Report on horse surra - Volume II, Part II
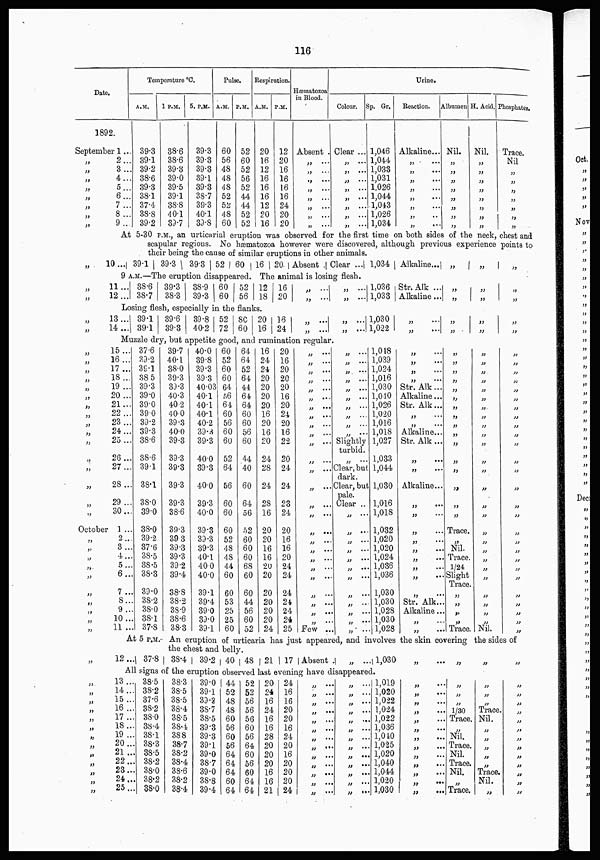
116
Date.
1892.
September 1..
„ 2...
„ 3..
„ 4..
„ 5...
„ 6...
„ 7..
„ 8..
„ 9...
Temperature °C.
A.M.
39.3
39.1
39.2
38.6
39.3
38.1
37.4
38.8
39.2
1 P.M.
38.6
38.6
39.3
39.0
39.5
39.1
38.8
40.1
39.7
5. P.M.
39.3
39.3
39.3
39.1
39.3
38.7
39.3
40.1
39.8
Pulse.
A.M.
60
56
48
48
48
52
52
48
60
P.M.
52
60
52
56
52
44
44
52
52
Respiration.
A.M.
20
16
12
16
16
16
12
20
16
P.M.
12
20
16
16
16
16
24
20
20
Hæmatozoa
in Blood.
Absent .
„ ...
„ ...
„ ...
„ ...
„ ...
„ ...
„ ...
„ ...
Colour.
Clear ...
„ ...
„ ...
„ ...
„ ...
„ ...
„ ...
„ ...
„ ...
Sp. Gr.
1,046
1,044
1,033
1,031
1,026
1,044
1,043
1,026
1,034
Urine.
Reaction.
Alkaline...
„
...
„
...
„ ...
„ ...
„ ...
„ ...
„ ...
„
...
Albumen
Nil.
„
„
„
„
„
„
„
„
H. Acid.
Nil.
„
„
„
„
„
„
„
„
Phosphates.
Trace.
Nil
„
„
„
„
„
„
„
At 5-30 P.M., an urticarial eruption was observed for the first time on both sides of the neck, chest and
„
„
„
„
„
„
„
„
„
„
„
„
„
„
„
„
„
„
October
„
„
„
„
„
„
„
„
„
„
„
„
„
„
„
„
„
„
„
„
„
„
„
„
„
„
„
scapular regions. No hæmatozoa however were discovered, although previous experience points to
their being the cause of similar eruptions in other animals.
10 ... 39.1 39.3
39.3
52 60 16 20. Absent . Clear ... 1,034 Alkaline... „
„
„
9 A.M.—The eruption disappeared. The animal is losing flesh.
11...
12 ...
38.6
38.7
39.3
38.3
38.9
39.3
60
60
52
56
12
18
16
20
„ ...
„ ...
„ ...
„ ...
1,036
1,033
Str. Alk ...
Alkaline...
„
„
„
„
„
„
Losing flesh, especially in the flanks.
13 ...
14 ...
39.1
39.1
39.6
39.3
39.8
40.2
52
72
80
60
20 | 16
16 | 24
„ ...
„ ...
„ ...
„ ...
1,030
1,022
„ ...
„ ...
„
„
„
„
„
„
Muzzle dry, but appetite good, and rumination regular.
15...
16...
17...
18...
19 ...
20...
21...
22...
23...
24...
25...
26...
27...
28...
29 ...
30...
1 ...
2 ...
3...
4...
5...
6...
7 ...
8...
9 ...
10...
11 ...
37.6
39.2
39.1
38 5
39.3
39.0
39.0
39.0
39.2
39.3
38.6
38.6
39.1
38.1
38.0
39.0
38.0
39.2
37.6
38.5
38.5
38.3
39.0
38.2
38.0
38.1
37.8
39.7
40.1
38.0
39.3
39.3
40.3
40-2
40 0
39.3
40.0
39.3
39.3
39.3
39.3
39.3
38.6
39.3
39.3
39.3
39.3
39.2
39.4
38.8
38.2
38.9
38.6
38.3
40.0
39.8
39.3
39.3
40.03
40.1
40.1
40.1
40.2
39.3
39.3
40.0
39.3
40.0
39.3
40.0
39.3
39.3
39.3
40.1
40.0
40.0
39.1
39.4
39.0
39.0
39.1
60
52
60
60
64
56
64
60
56
60
60
52
64
56
60
60
60
52
48
48
44
60
60
53
25
25
60
64
64
52
64
44
64
64
60
60
56
60
44
40
60
64
56
52
60
60
60
68
60
60
44
56
60
52
16
24
24
20
20
20
20
16
20
16
20
24
28
24
28
16
20
20
16
16
20
20
20
20
20
20
24
20
16
20
20
20
16
20
24
20
16
22
20
24
24
23
24
20
16
16
20
24
24
24
24
24
24
25
„ ...
„ ....
„ ...
„ ...
„ ...
„ ...
„ ...
„ ...
„
...
„ ...
„ ...
„ ...
„ ...
„ ...
„
...
„ ...
„ ...
„ ...
„ ...
„ ...
„ ...
„ ...
„ ...
„ ...
„ ...
„ ...
Few ...
„ ...
„ ...
„
„ ...
„ ...
„ ...
„ ...
„ ...
„ ...
„ ...
Slightly
turbid.
„ ...
Clear, but
dark.
Clear, but
pale.
Clear ...
„ ...
„ ...
„ ...
„ ...
„ ...
„ ...
„ ...
„ ...
„ ...
„ ...
„ ...
„ ...
1,018
1,039
1,024
1,016
1,030
1,010
1,026
1,020
1,016
1,018
1,027
1,033
1,044
1,030
1,016
1,018
1,032
1,020
1,020
1,024
1,036
1,036
1,030
1,030
1,028
1,030
1,028
„ ...
„ ...
„ ...
„
...
Str. Alk...
Alkaline...
Str. Alk...
„ ...
„
...
Alkaline...
Str. Alk ...
„ ...
„ ...
Alkaline...
„ ...
„ ...
„ ...
„ ...
„ ...
„ ...
„
...
„ ...
„ ...
Str. Alk...
Alkaline...
„
„
„
„
„
„
„
„
„
„
„
„
„
„
„
„
„
Trace.
„
Nil.
Trace.
1/24
Slight
Trace.
„
„
„
„
Trace.
„
„
„
„
„
„
„
„
„
„
„
„
„
„
„
„
„
„
„
„
„
„
„
„
„
„
Nil.
„
„
„
„
„
„
„
„
„
„
„
„
„
„
„
„
„
„
„
„
„
„
„
„
„
„
„
At 5 P.M. An eruption of urticaria has just appeared, and involves the skin covering the sides of
the chest and belly.
12 ... 37.8 38.4
39.2 40 48 21 17 Absent
„ .. 1,030
„
... „ „
„
All signs of the eruption observed last evening have disappeared.
13 ...
14 ...
15...
16...
17...
18...
19 ...
20...
21...
22...
28...
24 ...
25...
38.5
38.2
37.6
38.2
38.0
38.4
38.1
38.3
38.5
38.2
38.0
38.2
38.0
38.3
38.5
38.5
38.4
38.5
38.4
38.8
38.7
38.2
38.4
38.6
38.2
38.4
39.0
39.1
33.3
38.7
38.5
39.3
39.3
39.1
39.0
38.7
39.0
38.8
39.4
44
52
48
48
60
56
60
56
64
64
64
60
64
52
52
56
56
56
60
56
64
60
56
60
64
64
20
24
16
24
16
16
28
20
20
20
16
16
21
24
16
16
20
20
16
24
20
16
20
20
20
24
„ ...
„ ...
„ ...
„ ...
„ ...
„ ...
„ ...
„ ...
„ ...
„ ...
„ ...
„ ...
„ ...
„ ...
„ ...
„ ...
„ ...
„ ...
„ ...
„ ...
„ ...
„ ...
„ ...
„ ...
„ ...
„ ...
1,019
1,020
1,022
1,024
1,022
1,036
1,010
1,025
1,020
1,040
1,044
1,020
1,030
„ ...
„ ...
„ ...
„ ...
„ ...
„ ...
„ ...
„ ...
„ ...
„ ...
„ ...
„ ...
„ ...
„ ...
„ ...
„ ...
1/30
Trace.
„ ...
Nil.
Trace.
Nil.
Trace.
Nil.
„
Trace.
„
„
„
Trace
Nil.
„
„
„
„
„
Trace,
Nil.
„
„
„
„
„
„
„
„
„
„
„
„
„
„